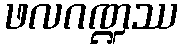
ဖလဂဏ္ဍဿ